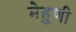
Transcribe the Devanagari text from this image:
मेहुणी